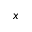
x